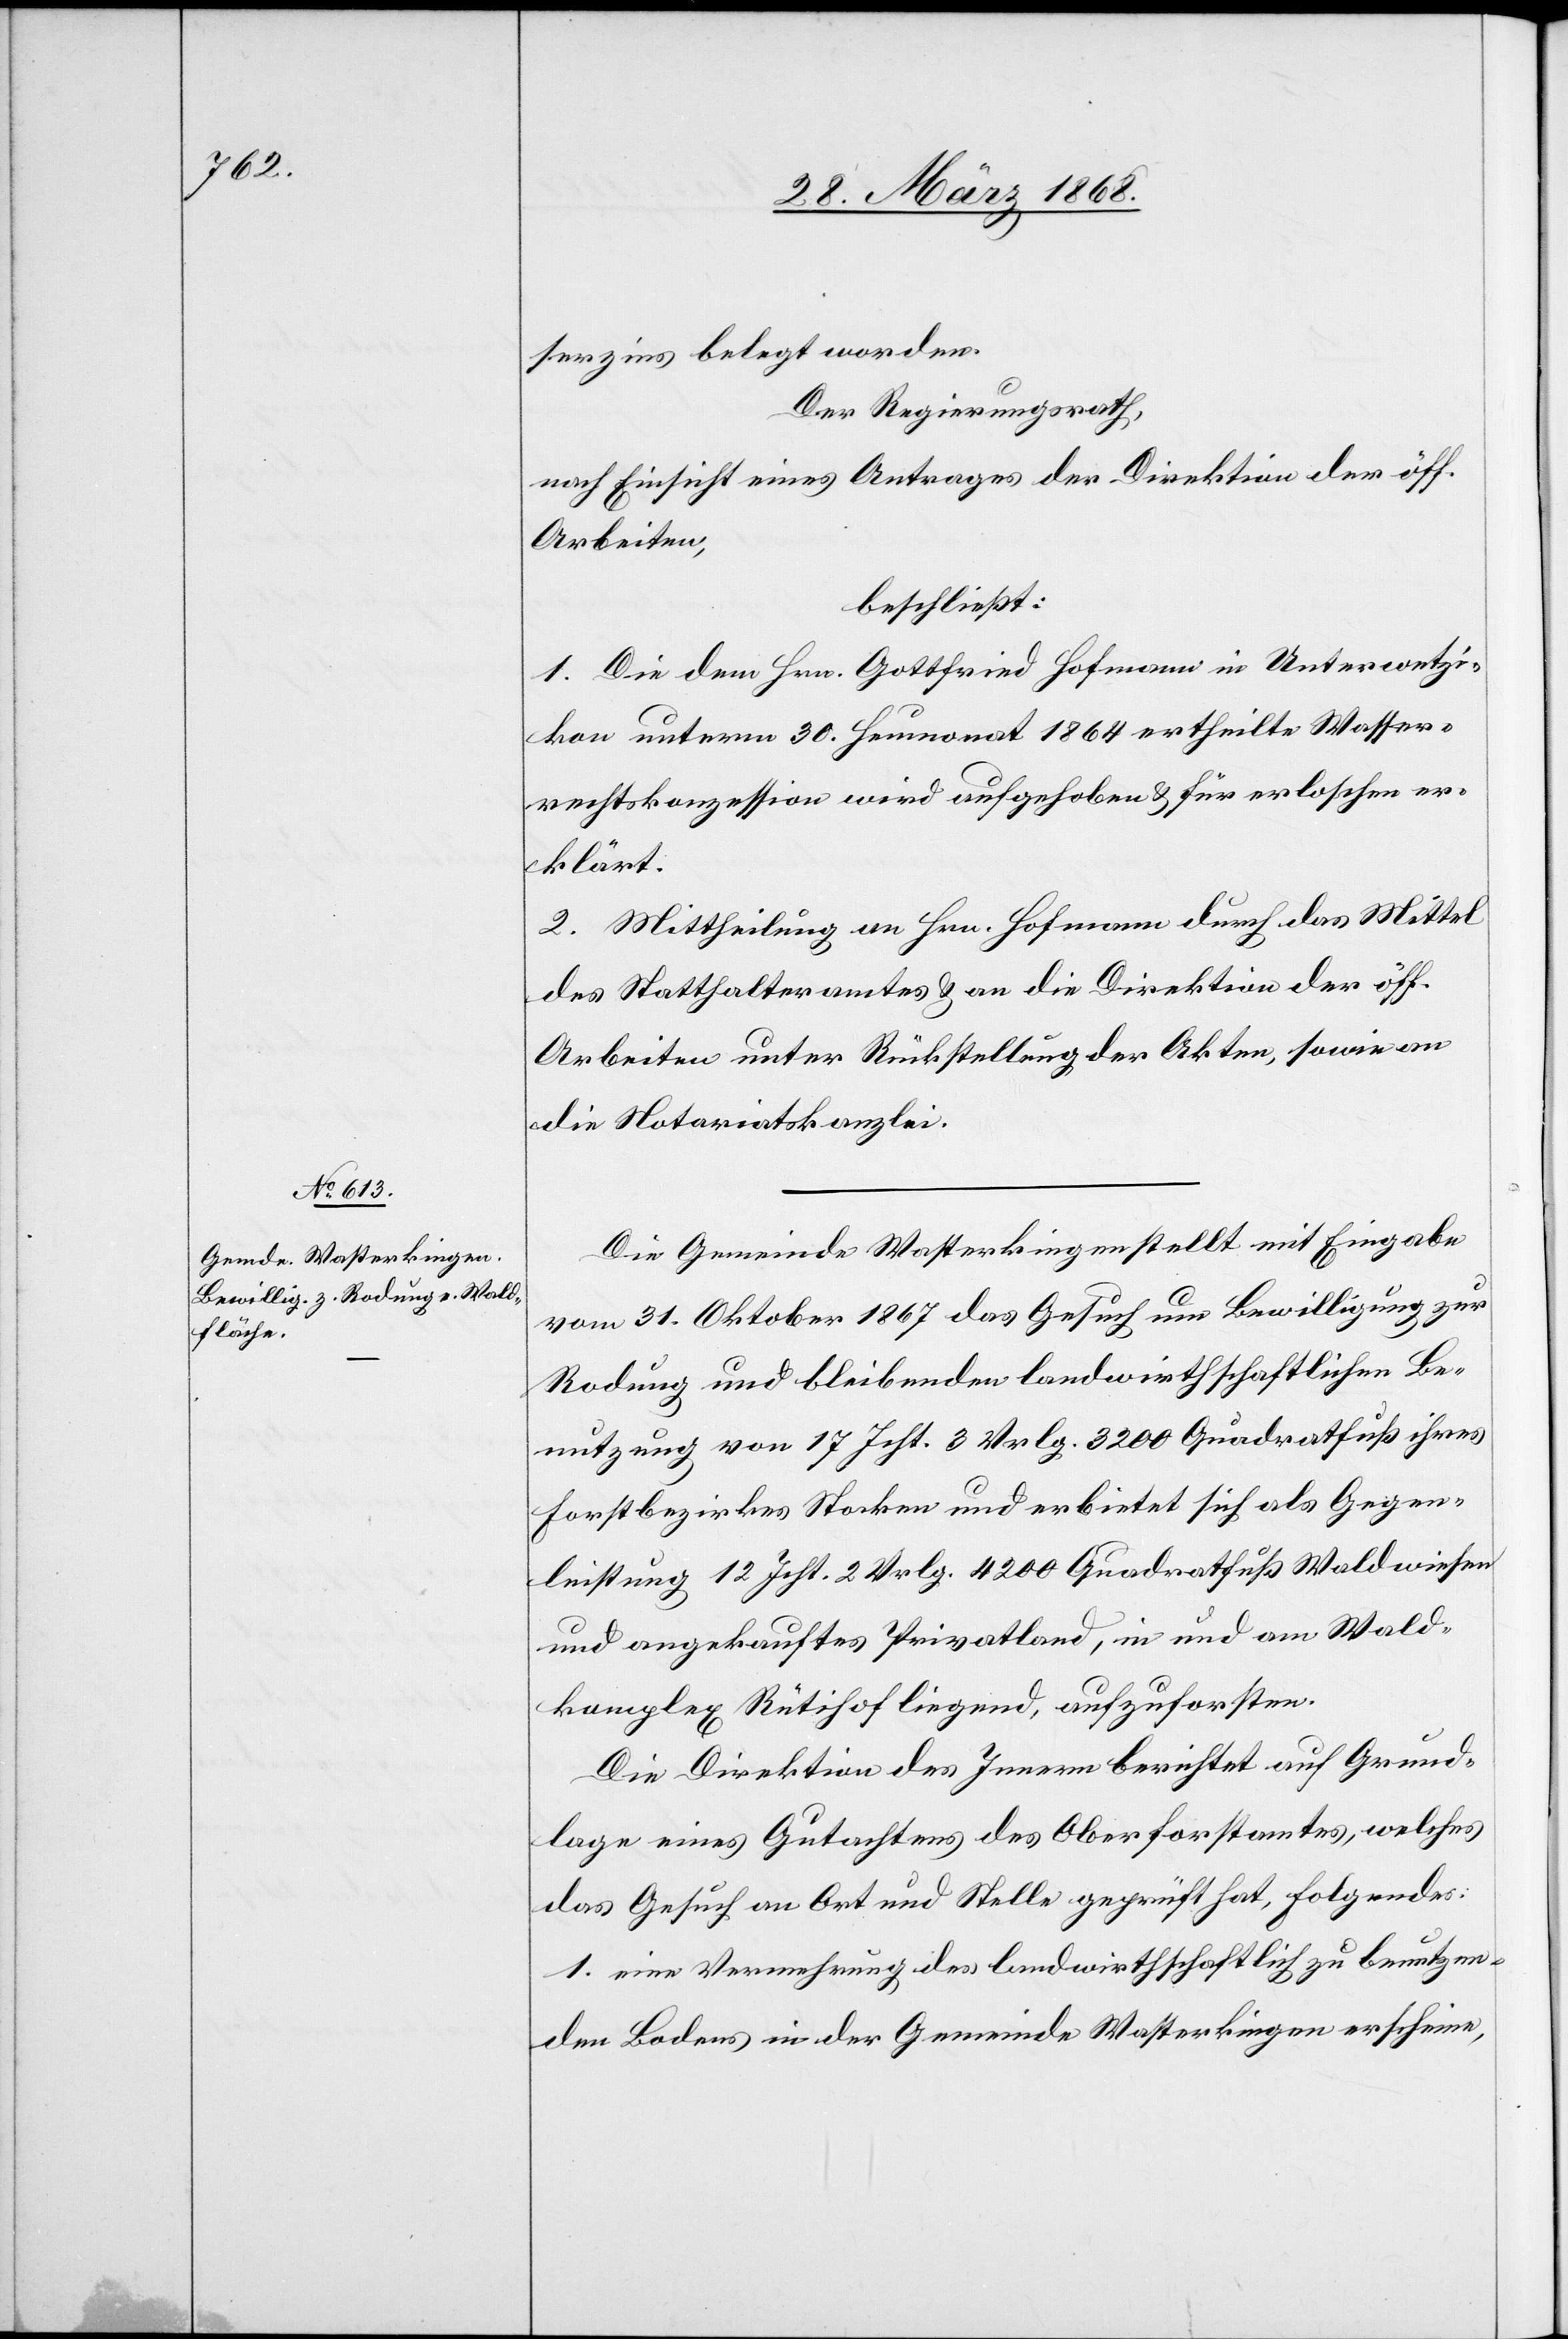
serzins belegt worden.
Der Regierungsrath,
nach Einsicht eines Antrages der Direktion der öff.
Arbeiten,
beschließt:
1. Die dem Hrn. Gottfried Hofmann in Unterwetzi¬
kon unterm 30. Heumonat 1864 ertheilte Wasser¬
rechtskonzession wird aufgehoben & für erloschen er¬
klärt.
2. Mittheilung an Hrn. Hofmann durch das Mittel
des Statthalteramtes & an die Direktion der öff.
Arbeiten unter Rückstellung der Akten, sowie an
die Notariatskanzlei.
Die Gemeinde Wasterkingen stellt mit Eingabe
vom 31. Oktober 1867 das Gesuch um Bewilligung zur
Rodung und bleibenden landwirthschaftlichen Be¬
nutzung von 17 Jcht. 3 Vrlg. 3200 Quadratfuß ihres
Forstbezirkes Stocken und erbietet sich als Gegen¬
leistung 12 Jcht. 2 Vrlg. 4200 Quadratfuß Waldwiesen
und angekauftes Privatland, in und am Wald¬
komplex Rütihof liegend, aufzuforsten.
Die Direktion des Innern berichtet auf Grund¬
lage eines Gutachtens des Oberforstamtes, welches
das Gesuch an Ort und Stelle geprüft hat, Folgendes:
1. eine Vermehrung des landwirthschaftlich zu benutzen¬
den Bodens in der Gemeinde Wasterkingen erscheine,